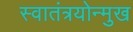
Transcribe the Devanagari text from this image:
स्वातंत्रयोन्मुख